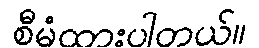
စီမံထားပါတယ်။